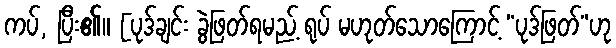
ကပ်, ပြီး၏။ [ပုဒ်ချင်း ခွဲဖြတ်ရမည့် ရုပ် မဟုတ်သောကြောင့် “ပုဒ်ဖြတ်”ဟု